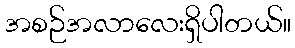
အစဉ်အလာလေးရှိပါတယ်။